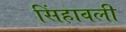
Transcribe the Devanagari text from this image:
सिंहावली